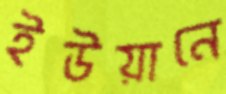
ইউয়ানে